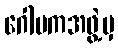
ဂေါပကအဖွဲ့မှ